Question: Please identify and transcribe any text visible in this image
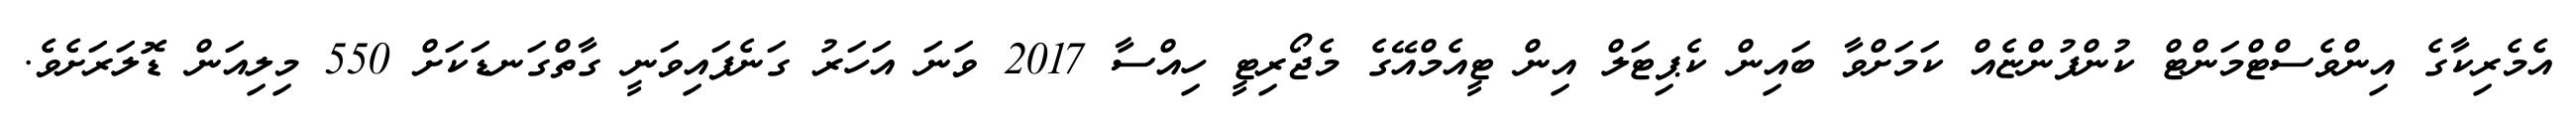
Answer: އެމެރިކާގެ އިންވެސްޓްމަންޓް ކުންފުންޏެއް ކަމަށްވާ ބައިން ކެޕިޓަލް އިން ޓީއެމްއޭގެ މެޖޯރިޓީ ހިއްސާ 2017 ވަނަ އަހަރު ގަނެފައިވަނީ ގާތްގަނޑަކަށް 550 މިލިއަން ޑޮލަރަށެވެ.